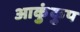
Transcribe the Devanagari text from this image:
आकुंकुप